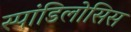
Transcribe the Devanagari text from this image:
स्पांडिलोसिस